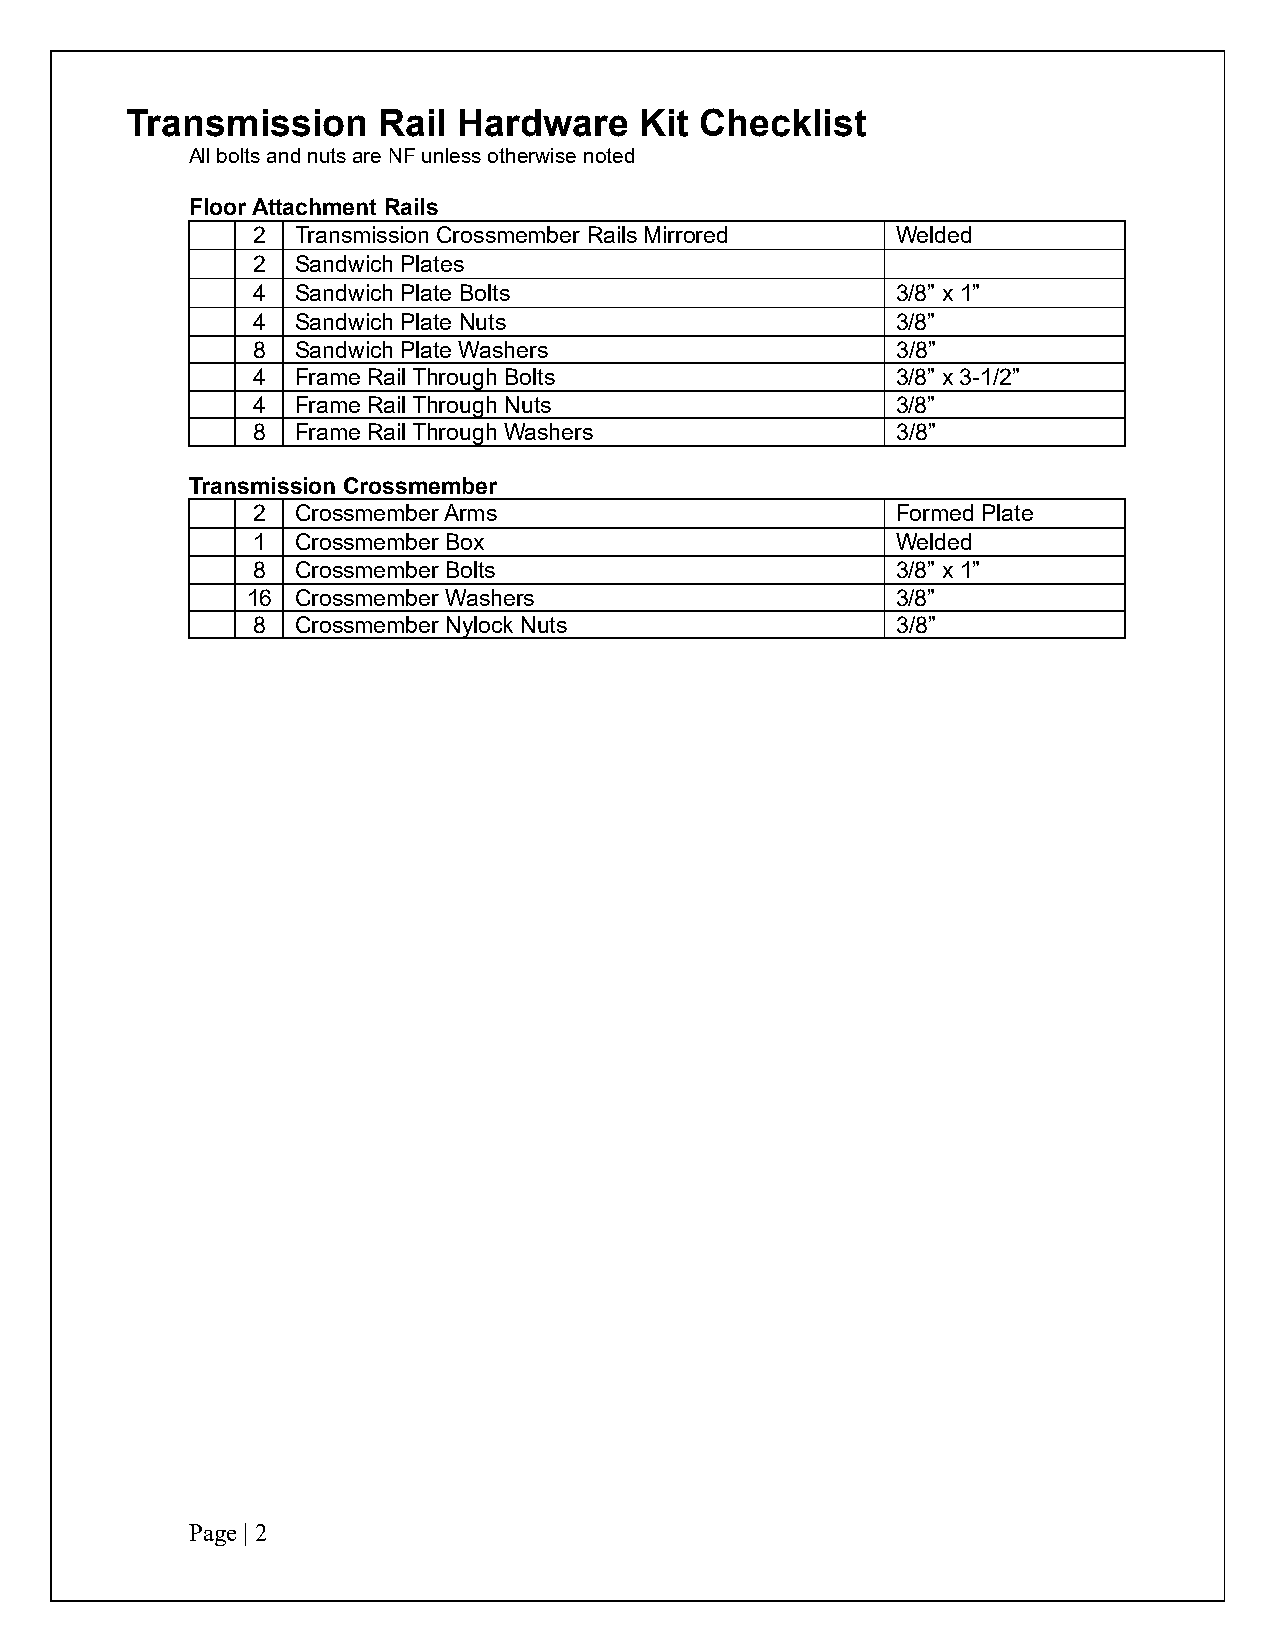
Transmission     Rail Hardware    Kit Checklist
 All bolts and nuts are NF unless otherwise noted
 Floor Attachment Rails
 2  Transmission Crossmember Rails Mirrored Welded
 2  Sandwich Plates
 4  Sandwich Plate Bolts                   3/8” x 1”
 4  Sandwich Plate Nuts                    3/8”
 8  Sandwich Plate Washers                 3/8”
 4  Frame Rail Through Bolts               3/8” x 3-1/2”
 4  Frame Rail Through Nuts                3/8”
 8  Frame Rail Through Washers             3/8”
 Transmission Crossmember
 2  Crossmember Arms                       Formed Plate
 1  Crossmember Box                        Welded
 8  Crossmember Bolts                      3/8” x 1”
 16  Crossmember Washers                    3/8”
 8  Crossmember Nylock Nuts                3/8”
 Page | 2